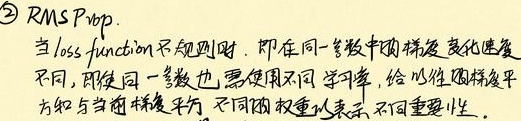
\textcircled{2} RMSProp. 当loss function不规则时，即在同一参数中的梯度变化速度不同，即使同一参数也需使用不同学习率，给以往的梯度平方与当前梯度平方不同的权重以表示不同重要性。